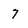
Character: 7